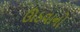
ઊઠવાનો